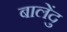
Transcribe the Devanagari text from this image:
बालेंदु